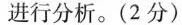
进行分析。(2分)